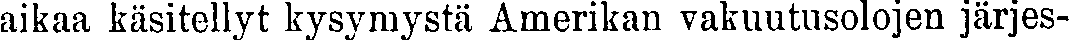
aikaa käsitellyt kysymystä Amerikan vakuutusolojen järjes-